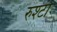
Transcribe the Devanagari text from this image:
रुश्टो